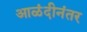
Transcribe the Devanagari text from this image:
आळंदीनंतर